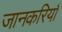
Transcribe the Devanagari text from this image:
जानकरियाँ